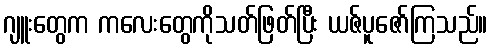
ဂျူးတွေက ကလေးတွေကိုသတ်ဖြတ်ပြီး ယဇ်ပူဇော်ကြသည်။